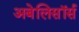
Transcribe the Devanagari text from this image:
अबेलिसॉर्स